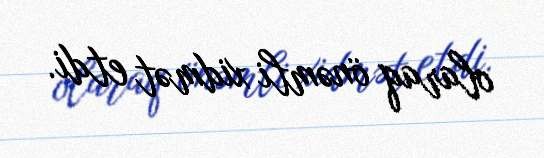
olaraq önəmli xidmət etdi.